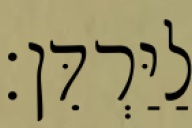
לַיַּרְדֵּן׃